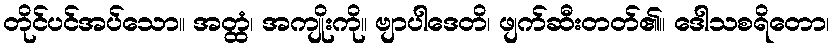
တိုင်ပင်အပ်သော။ အတ္ထံ၊ အကျိုးကို။ ဗျာပါဒေတိ၊ ဖျက်ဆီးတတ်၏။ ဒေါသစရိတော၊